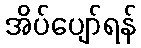
အိပ်ပျော်ရန်